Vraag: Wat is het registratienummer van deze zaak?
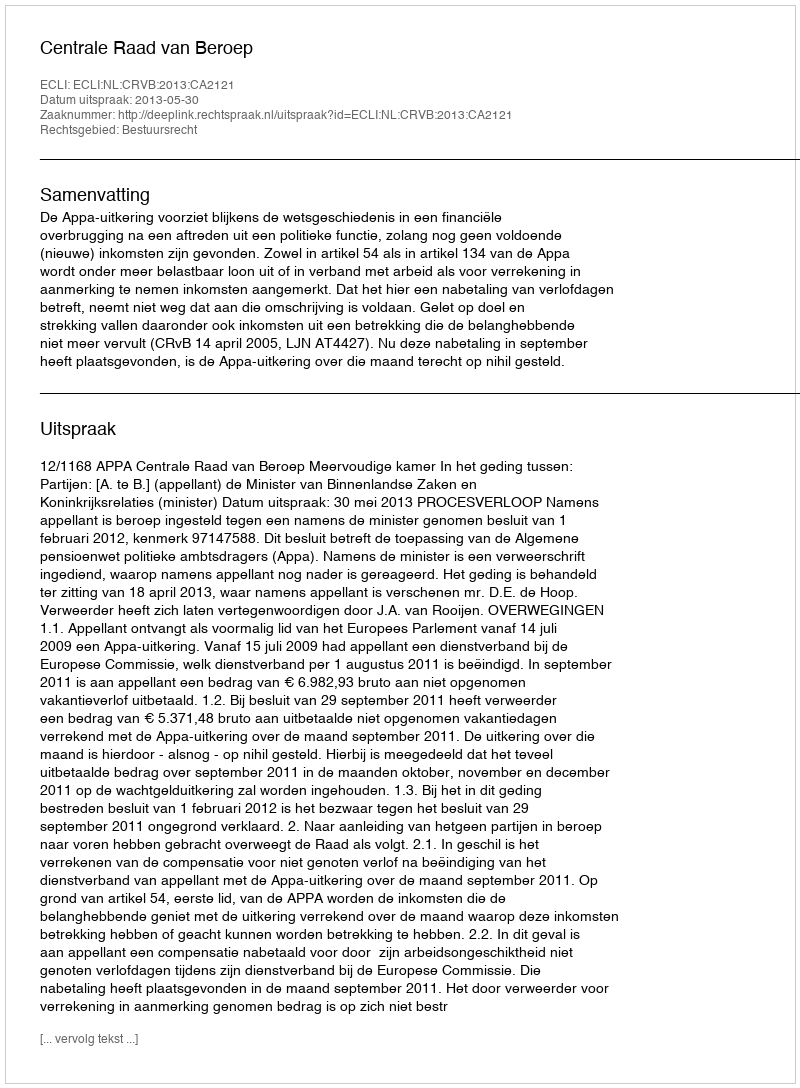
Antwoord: http://deeplink.rechtspraak.nl/uitspraak?id=ECLI:NL:CRVB:2013:CA2121